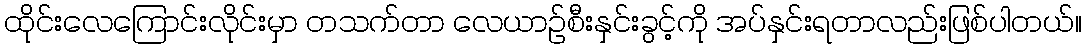
ထိုင်းလေကြောင်းလိုင်းမှာ တသက်တာ လေယာဉ်စီးနှင်းခွင့်ကို အပ်နှင်းရတာလည်းဖြစ်ပါတယ်။